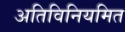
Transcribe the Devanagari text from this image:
अतिविनियमित